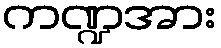
ကဏ္ဍအား